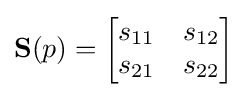
\mathbf {S} (p)={\begin{bmatrix}s_{11}&s_{12}\\s_{21}&s_{22}\end{bmatrix}}